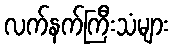
လက်နက်ကြီးသံများ